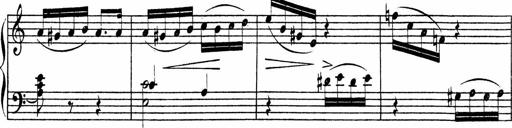
Title: Piano Sonata
Composer: Karl HÃ¤ssler
Key: C major